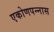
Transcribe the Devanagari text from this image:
एकोणपन्नास